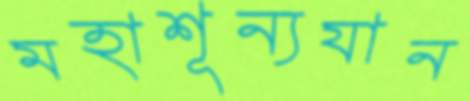
মহাশূন্যযান